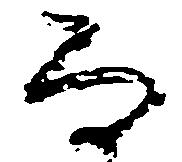
な